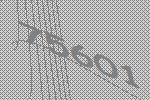
75601